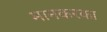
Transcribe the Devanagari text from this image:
मानकरका